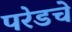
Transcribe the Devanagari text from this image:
परेडचे